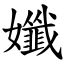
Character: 孅